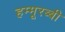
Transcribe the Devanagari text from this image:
हम्मूरब्बी